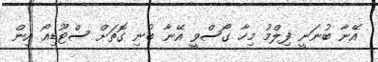
އޭނާ ބުނަނީ ފިލްމު މިހާ ގޯސްވީ އޭނާ ބުނި ގޮތަށް ސްޓޫޑިއޯ އިން